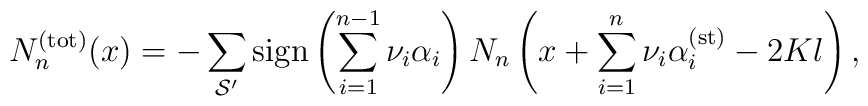
N_{n}^{({\rm tot})}(x)=-\sum_{{\cal S}^{\prime}}{\rm sign}\left(\sum_{i=1}^{n-1}\nu_{i}\alpha_{i}\right)N_{n}\left(x+\sum_{i=1}^{n}\nu_{i}\alpha_{i}^{({\rm st})}-2Kl\right),